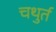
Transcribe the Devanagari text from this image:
चथुर्त